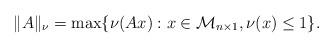
LaTeX: \begin{align*}\| A\|_{\nu} = \max\{\nu(Ax): x \in \mathcal{M}_{n\times 1}, \nu(x)\leq 1\}.\end{align*}